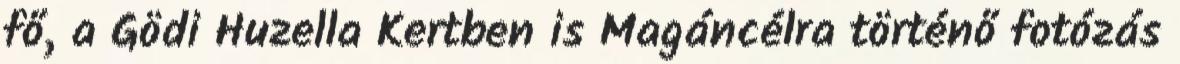
fő, a Gödi Huzella Kertben is Magáncélra történő fotózás